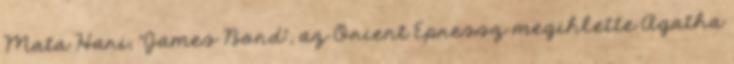
Mata Hari, "James Bond", az Orient Epressz megihlette Agatha